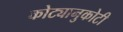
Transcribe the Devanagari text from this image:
कोट्यानुकोटी